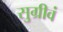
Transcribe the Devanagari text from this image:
सुग्रीवं